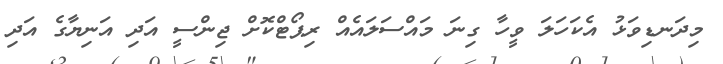
މިދަނޑިވަޅު އެކަހަލަ ވީހާ ގިނަ މައްސަލައެއް ރިޕޯޓްކޮށް ޖިންސީ އަދި އަނިޔާގެ އަދި